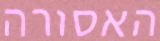
האסורה